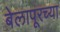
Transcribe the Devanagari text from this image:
बेलापूरच्या